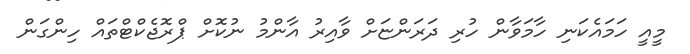
މީއީ ހަމައެކަނި ހާމަވާން ހުރި ދަރަންޏަށް ވާއިރު އާންމު ނުކޮށް ޕްރޮޖެކްޓްތައް ހިންގަން